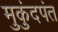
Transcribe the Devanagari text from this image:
मुकुंदपंत